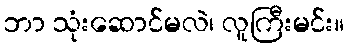
ဘာ သုံးဆောင်မလဲ၊ လူကြီးမင်း။